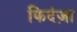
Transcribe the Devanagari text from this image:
फिदंज़ा